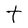
Character: t